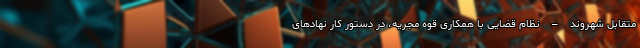
متقابل شهروند – نظام قضایی با همکاری قوه مجریه، در دستور کار نهادهای